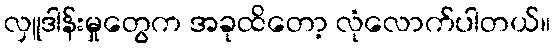
လှူဒါန်းမှုတွေက အခုထိတော့ လုံလောက်ပါတယ်။